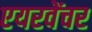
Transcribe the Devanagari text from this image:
एयरवेंचर